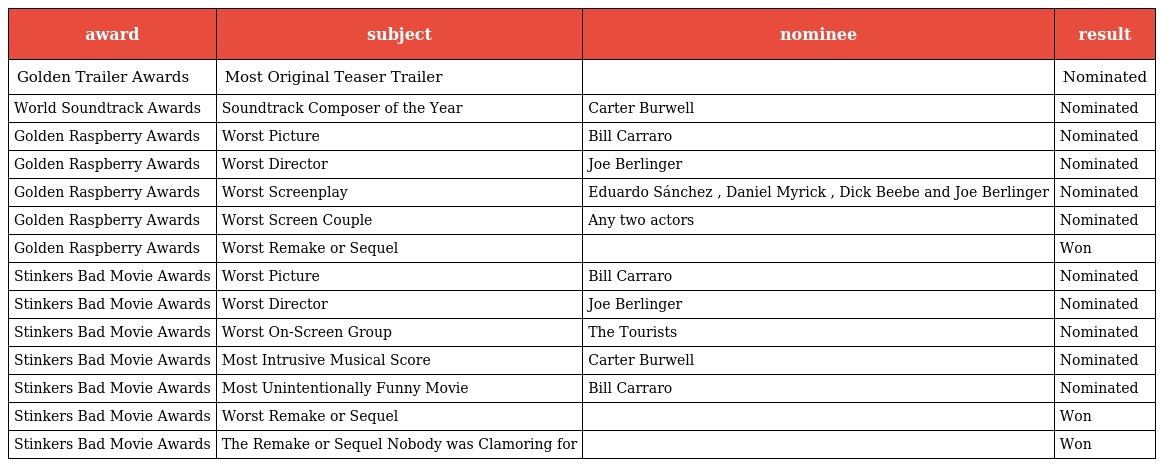
| award | subject | nominee | result |
 | --- | --- | --- | --- |
 | Golden Trailer Awards | Most Original Teaser Trailer |  | Nominated |
 | World Soundtrack Awards | Soundtrack Composer of the Year | Carter Burwell | Nominated |
 | Golden Raspberry Awards | Worst Picture | Bill Carraro | Nominated |
 | Golden Raspberry Awards | Worst Director | Joe Berlinger | Nominated |
 | Golden Raspberry Awards | Worst Screenplay | Eduardo Sánchez , Daniel Myrick , Dick Beebe and Joe Berlinger | Nominated |
 | Golden Raspberry Awards | Worst Screen Couple | Any two actors | Nominated |
 | Golden Raspberry Awards | Worst Remake or Sequel |  | Won |
 | Stinkers Bad Movie Awards | Worst Picture | Bill Carraro | Nominated |
 | Stinkers Bad Movie Awards | Worst Director | Joe Berlinger | Nominated |
 | Stinkers Bad Movie Awards | Worst On-Screen Group | The Tourists | Nominated |
 | Stinkers Bad Movie Awards | Most Intrusive Musical Score | Carter Burwell | Nominated |
 | Stinkers Bad Movie Awards | Most Unintentionally Funny Movie | Bill Carraro | Nominated |
 | Stinkers Bad Movie Awards | Worst Remake or Sequel |  | Won |
 | Stinkers Bad Movie Awards | The Remake or Sequel Nobody was Clamoring for |  | Won |